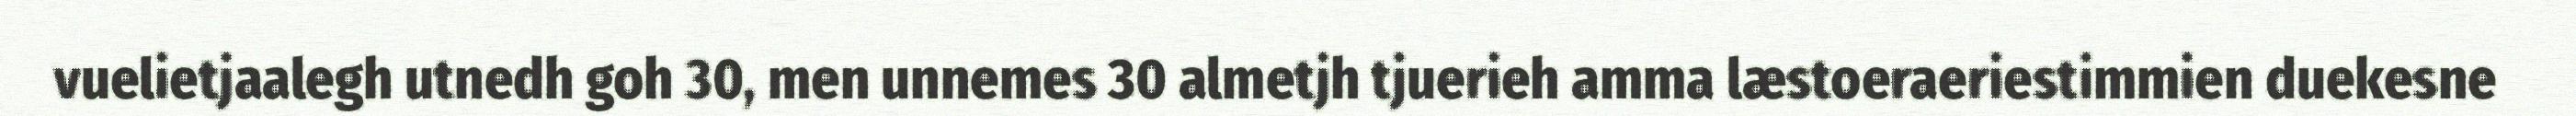
vuelietjaalegh utnedh goh 30, men unnemes 30 almetjh tjuerieh amma læstoeraeriestimmien duekesne